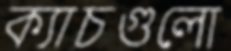
ক্যাচগুলো